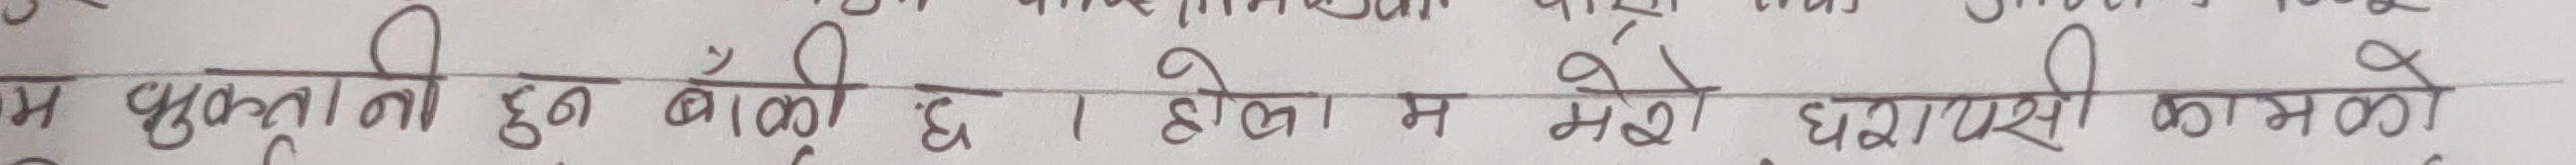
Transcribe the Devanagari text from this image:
म भुक्तानी हुन बाँकी छ। होइन मलाई घामले काम को